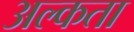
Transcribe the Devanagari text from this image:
अल्कता